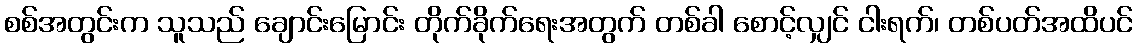
စစ်အတွင်းက သူသည် ချောင်းမြောင်း တိုက်ခိုက်ရေးအတွက် တစ်ခါ စောင့်လျှင် ငါးရက်၊ တစ်ပတ်အထိပင်